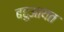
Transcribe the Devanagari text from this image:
बहुआयत